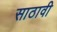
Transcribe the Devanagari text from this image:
साठावी